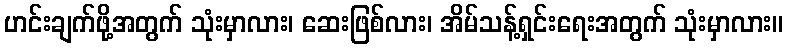
ဟင်းချက်ဖို့အတွက် သုံးမှာလား၊ ဆေးဖြစ်လား၊ အိမ်သန့်ရှင်းရေးအတွက် သုံးမှာလား။